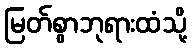
မြတ်စွာဘုရားထံသို့